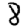
Digit: 8